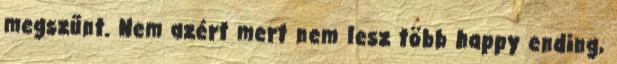
megszűnt. Nem azért mert nem lesz több happy ending,